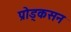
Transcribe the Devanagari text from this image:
प्रोड्कसन